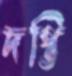
দপ্তি